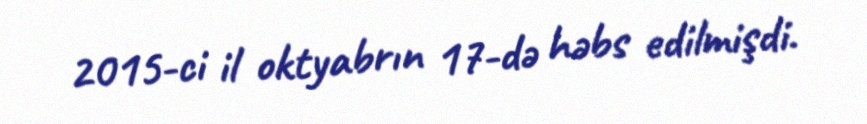
2015-ci il oktyabrın 17-də həbs edilmişdi.